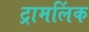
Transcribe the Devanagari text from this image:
ट्रामलिंक